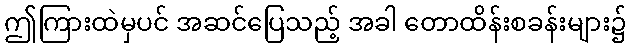
ဤကြားထဲမှပင် အဆင်ပြေသည့် အခါ တောထိန်းစခန်းများ၌